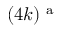
( 4 k ) ^ { \mathrm { ~ a ~ } }